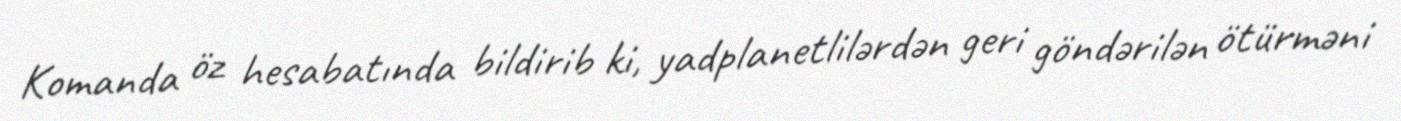
Komanda öz hesabatında bildirib ki, yadplanetlilərdən geri göndərilən ötürməni